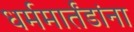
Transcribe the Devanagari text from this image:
धर्ममार्तंडांना